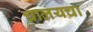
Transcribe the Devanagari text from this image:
चालयचा